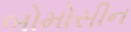
બોમોસીન